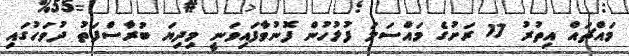
މައްޗައް އިތުރު 17 ރަށުގެ މައްސަލަ ފުލުހުން ފޮނުވާފައިވަނީ މިދިޔަ ބުރާސްފަތު ދުވަހުގައި